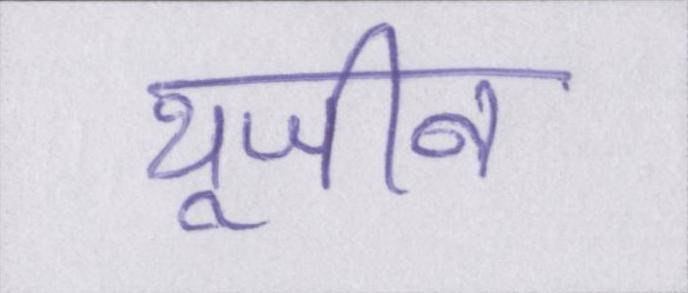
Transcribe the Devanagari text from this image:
यूजीन